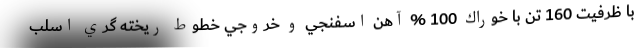
با ظرفيت 160 تن با خوراك 100 % آهن اسفنجي و خروجي خطوط ريخته گري اسلب